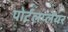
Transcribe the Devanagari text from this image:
पोर्टलप्लेयर